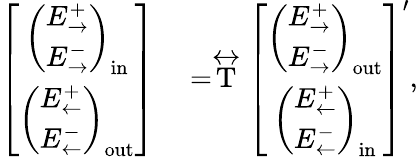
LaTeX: \begin{array}{rl}{\left[\begin{array}{c}{\left(\begin{array}{c}{E_{\rightarrow}^{+}}\\ {E_{\rightarrow}^{-}}\end{array}\right)_{\mathrm{in}}}\\ {\left(\begin{array}{c}{E_{\leftarrow}^{+}}\\ {E_{\leftarrow}^{-}}\end{array}\right)_{\mathrm{out}}}\end{array}\right]}&{{}=\stackrel{\leftrightarrow}{\mathrm{T}}\left[\begin{array}{c}{\left(\begin{array}{c}{E_{\rightarrow}^{+}}\\ {E_{\rightarrow}^{-}}\end{array}\right)_{\mathrm{out}}}\\ {\left(\begin{array}{c}{E_{\leftarrow}^{+}}\\ {E_{\leftarrow}^{-}}\end{array}\right)_{\mathrm{in}}}\end{array}\right]^{\prime},}\end{array}